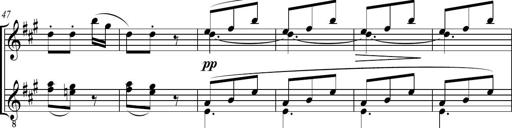
Title: Sonatine bureaucratique
Composer: Erik Satie